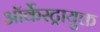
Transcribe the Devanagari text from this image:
ऑर्केस्ट्रायुक्त